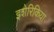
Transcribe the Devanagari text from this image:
इशेरिकिया